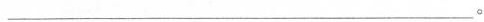
___。